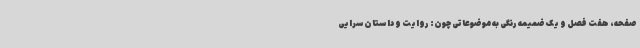
صفحه، هفت فصل و یک ضمیمه رنگی به موضوعاتی چون: روایت و داستان‌سرایی